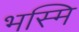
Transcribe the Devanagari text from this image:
भस्मि